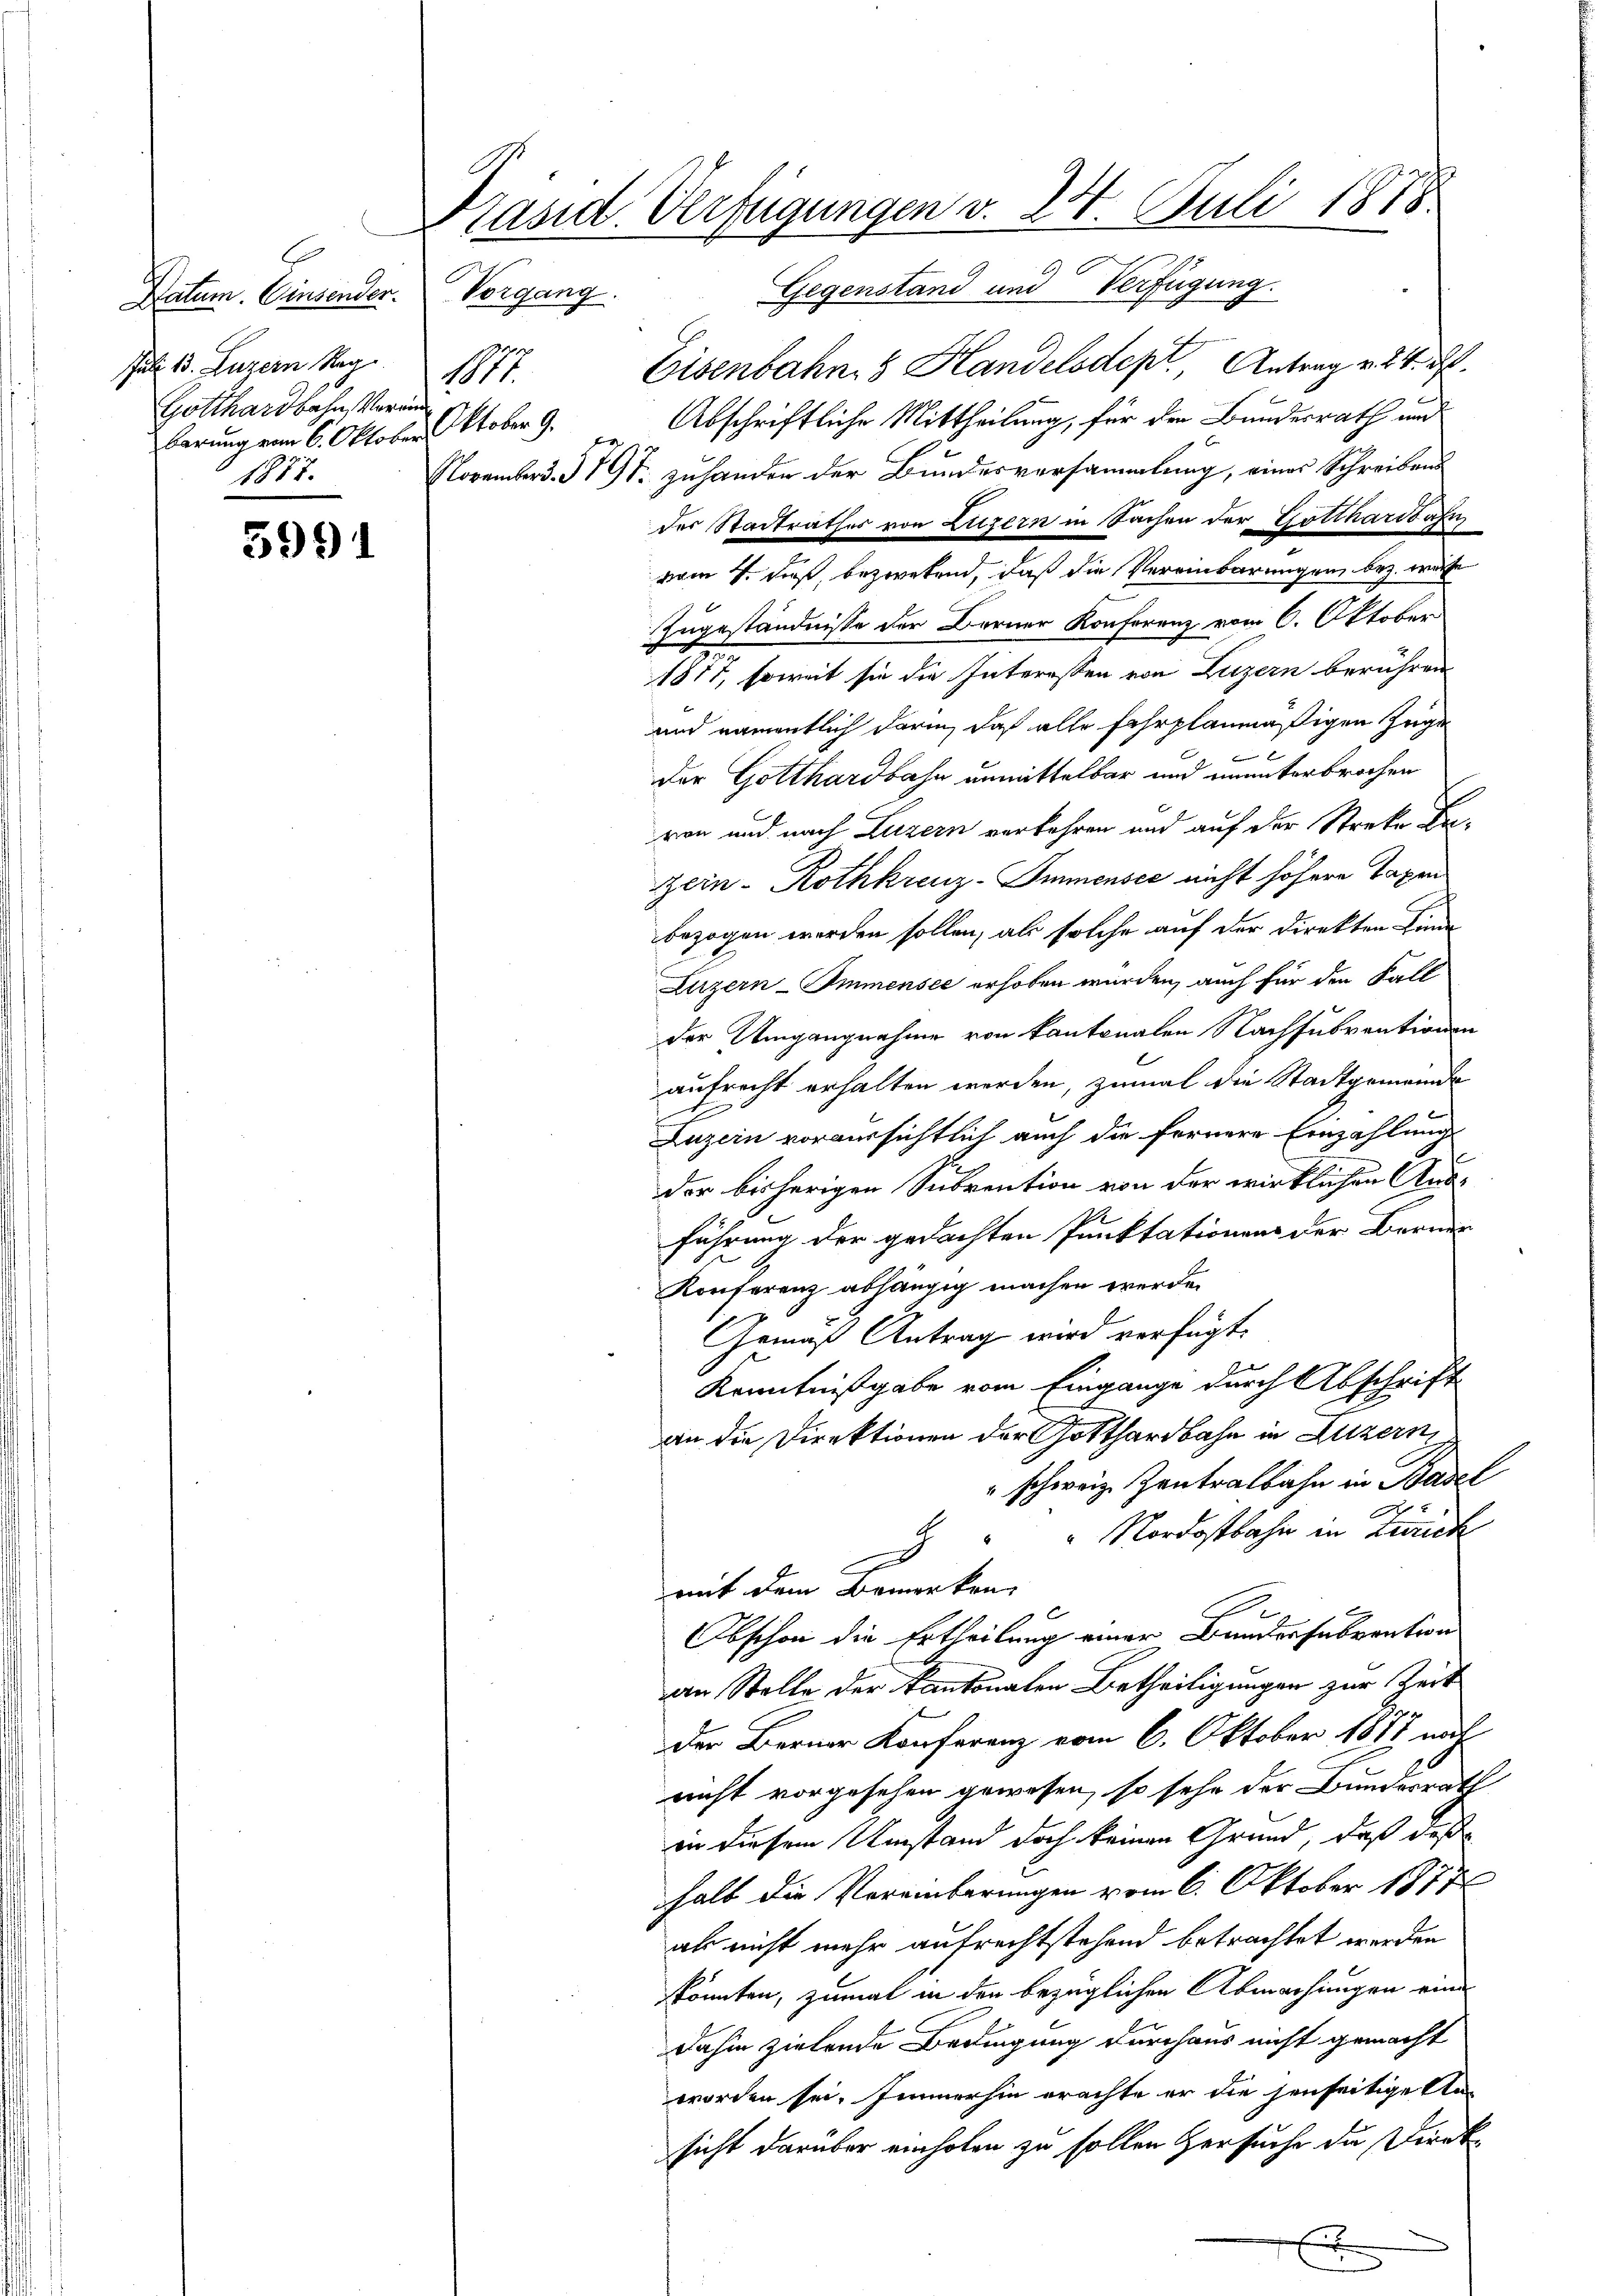
Datum. Einsender.
Juli 13. Luzern Rea
M.
Gotthardbahn veran
1877.

5991

Klasst. Verfügungen v. 24. Juli 1888

Vorgang. Gegenstand und Verfügung
Eisenbahn 5 Handelsdept, Antrag v. 24. d.
berung vom 6. Oktober Oktober 9. Abschriftliche Mittheilung, für den Bundesrath und
November d. 319 f. zuhanden der Bundesversammlung, eines Schreibens
der Stadtrathes von Luzern in Sachen der Gotthardbahn
vom 1. daß, bezwekend, daß die Vereinbarungen bez. währ
Zugeständnisse der Berner Konferenz vom 6. Oktober
w
1877, soweit sie die Interessen von Luzern berühren
und namentlich darin, daß alle fahrplanmäßigen Zuge

der Gotthardbahn unmittelbar und ununterbrochen
von und nach Luzern verkehren und auf der Streke Bezein- Rothkreuz-Immensee nicht höhere Taxen
bezogen werden sollen, als solche auf der Direkten Linde
Luzern Immensee erhoben wurden, auch für den Fall
der Umgangnahme von Kantonalen Nachsubventionen
aufrecht erhalten werden, zumal die Stadtgemeinde
Luzern voraussichtlich auch die fernere Einzahlungs
der bisherigen Subvention von der wirklichen Ansführung der gedachten Punktationen der Bernen
Konferenz abhängig machen werden
Gemäß Antrag wird verfügt:
d
Kenntnißgabe vom Eingange durch Abschrift
an die Direktionen der Gotthardbahn in Luzern,
" schweiz. Zentralbahn in Basel
E
" Nordostbahn in Zurick
g
mit dem Bemerken
Obschon die Ertheilung einer Bundensubvention
an Stelle der Kantonalen Betheiligungen zur Zeit
der Berner Konferenz vom 6. Oktober 1878 noch
nicht vorgesehen gewesen, so sehr der Bundesrath
in diesem Umstand doch keinen Grund, daß des
halb die Vereinbarungen vom 6. Oktober 1877
als nicht mehr aufrechtstehend betrachtet werden
könnten, zumal in den bezüglichen Abmachungen eine
dahin zielende Bedingung durchaus nicht gemacht
worden sei. Immerhin erachte er die jenseitige An-
sicht darüber einholen zu sollen ersuche die Direk¬